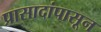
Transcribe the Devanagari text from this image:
प्रासादांपासून